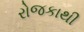
રોજકાથી